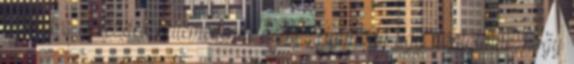
számára is kezdett kellemetlenné válni. Úgyhogy úgy döntöttünk, hogy